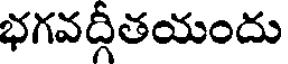
భగవద్గీతయందు